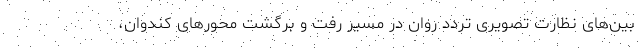
بین‌های نظارت تصویری تردد روان در مسیر رفت و برگشت محورهای کندوان،